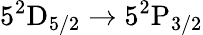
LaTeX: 5^{2}\mathrm{D}_{5/2}\rightarrow 5^{2}\mathrm{P}_{3/2}